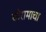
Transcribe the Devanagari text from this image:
वीरामाचा